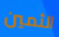
الثمين